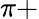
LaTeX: \pi+